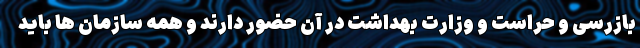
بازرسی و حراست و وزارت بهداشت در آن حضور دارند و همه سازمان ‌ها باید